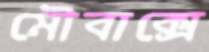
মৌবাক্সে